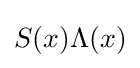
S(x)\Lambda (x)